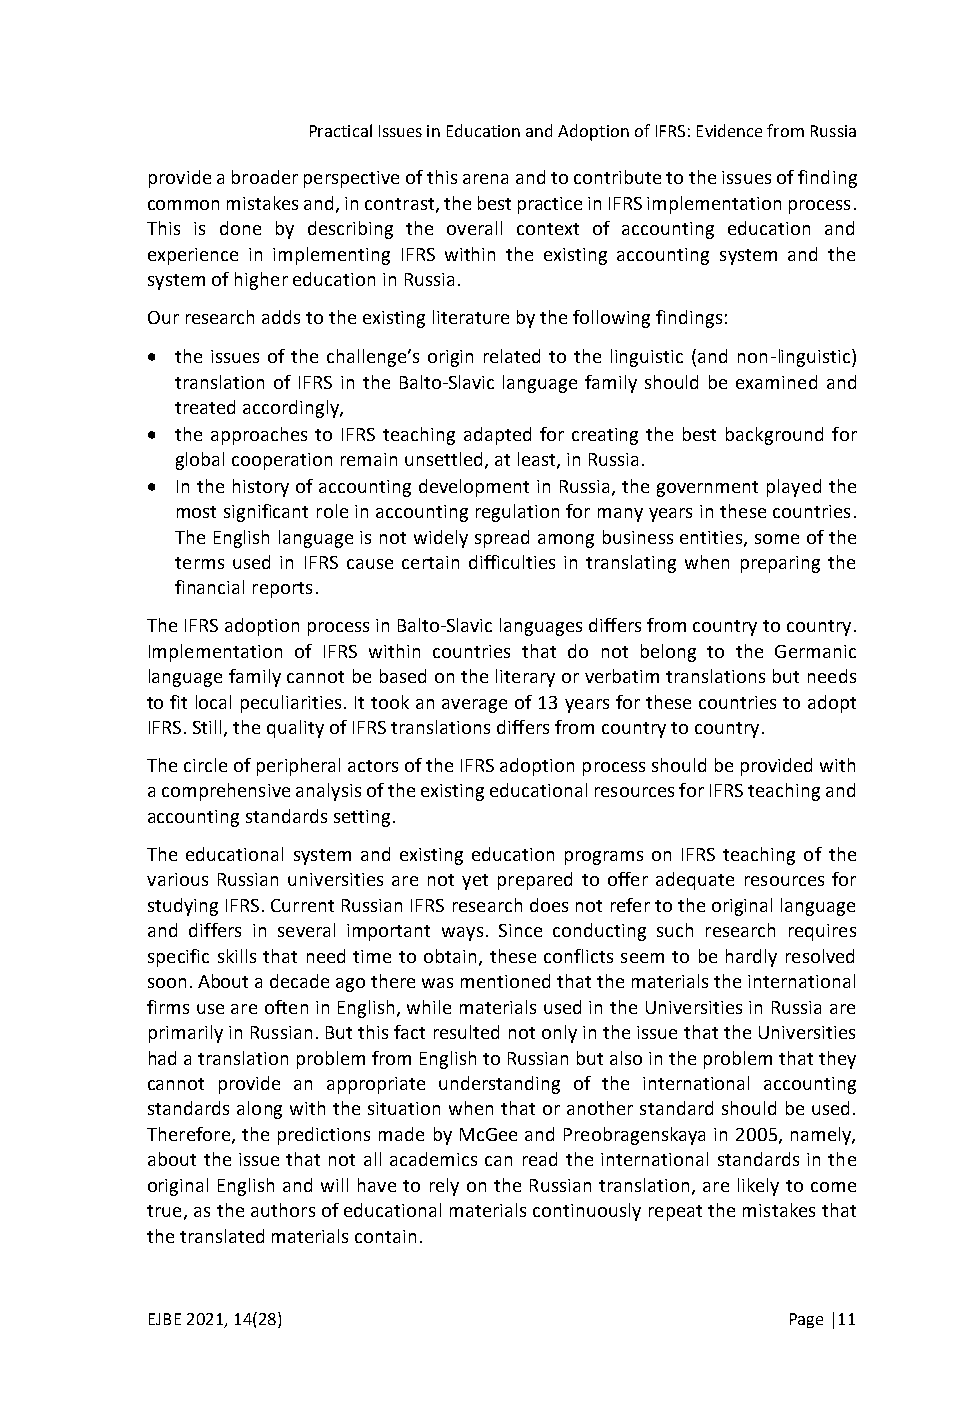
Practical Issues in Education and Adoption of IFRS: Evidence from Russia
 provide a broader perspective of this arena and to contribute to the issues of finding
 common mistakes and, in contrast, the best practice in IFRS implementation process.
 This is done by describing the overall context of accounting education and
 experience in implementing IFRS within the existing accounting system and the
 system of higher education in Russia.
 Our research adds to the existing literature by the following findings:
 • the issues of the challenge’s origin related to the linguistic (and non-linguistic)
 translation of IFRS in the Balto-Slavic language family should be examined and
 treated accordingly,
 • the approaches to IFRS teaching adapted for creating the best background for
 global cooperation remain unsettled, at least, in Russia.
 • In the history of accounting development in Russia, the government played the
 most significant role in accounting regulation for many years in these countries.
 The English language is not widely spread among business entities, some of the
 terms used in IFRS cause certain difficulties in translating when preparing the
 financial reports.
 The IFRS adoption process in Balto-Slavic languages differs from country to country.
 Implementation of IFRS within countries that do not belong to the Germanic
 language family cannot be based on the literary or verbatim translations but needs
 to fit local peculiarities. It took an average of 13 years for these countries to adopt
 IFRS. Still, the quality of IFRS translations differs from country to country.
 The circle of peripheral actors of the IFRS adoption process should be provided with
 a comprehensive analysis of the existing educational resources for IFRS teaching and
 accounting standards setting.
 The educational system and existing education programs on IFRS teaching of the
 various Russian universities are not yet prepared to offer adequate resources for
 studying IFRS. Current Russian IFRS research does not refer to the original language
 and differs in several important ways. Since conducting such research requires
 specific skills that need time to obtain, these conflicts seem to be hardly resolved
 soon. About a decade ago there was mentioned that the materials the international
 firms use are often in English, while materials used in the Universities in Russia are
 primarily in Russian. But this fact resulted not only in the issue that the Universities
 had a translation problem from English to Russian but also in the problem that they
 cannot provide an appropriate understanding of the international accounting
 standards along with the situation when that or another standard should be used.
 Therefore, the predictions made by McGee and Preobragenskaya in 2005, namely,
 about the issue that not all academics can read the international standards in the
 original English and will have to rely on the Russian translation, are likely to come
 true, as the authors of educational materials continuously repeat the mistakes that
 the translated materials contain.
 EJBE 2021, 14(28)                         Page |11